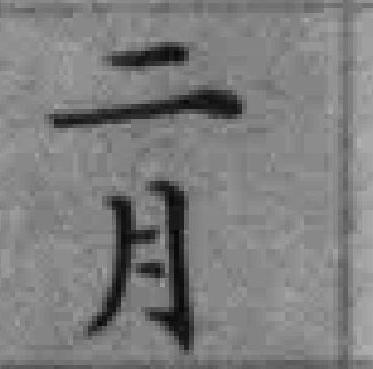
二月